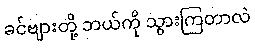
ခင်ဗျားတို့ ဘယ်ကို သွားကြတာလဲ